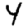
Digit: 4